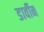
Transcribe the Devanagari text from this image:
डार्वीन